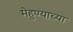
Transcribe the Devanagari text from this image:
मेहुण्याच्या